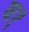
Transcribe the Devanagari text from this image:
व१